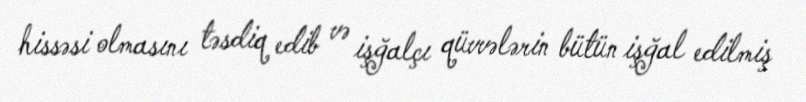
hissəsi olmasını təsdiq edib və işğalçı qüvvələrin bütün işğal edilmiş